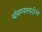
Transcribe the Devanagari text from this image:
थांबण्यासाठीचे